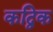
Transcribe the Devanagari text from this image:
कद्विक